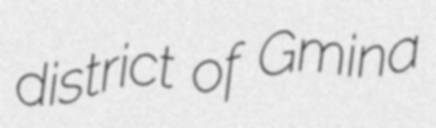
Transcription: district of Gmina